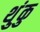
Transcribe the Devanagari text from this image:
थुंकु